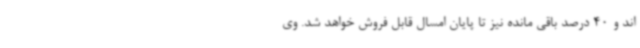
اند و 40 درصد باقی مانده نیز تا پایان امسال قابل فروش خواهد شد. وی